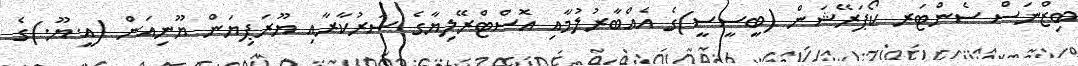
ބިޒްނަސް ސެންޓަރ ކޯޕަރޭޝަން (ބީސީސީ)ގެ އެއްބާރުލުމާއި އޮސްޓްރޭލިޔާގެ ސަރުކާރާއި ޔޫރަޕިޔަން ޔޫނިއަން (އީ.ޔޫ.)ގެ